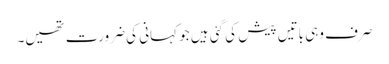
صرف وہی باتیں پیش کی گئی ہیں جو کہانی کی ضرورت تھیں۔